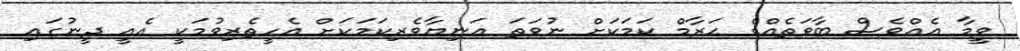
ވީމާ އެއްވެސް ބާވަތެއްގެ ޙަރާމް ކަމަކަށް ނުވަތަ އަނިޔާވެރިކަމަކަށް އެހީތެރިވުމަކީ އެއީ ދީނުގައި